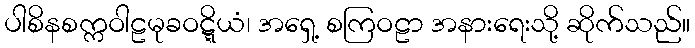
ပါစိနစက္ကဝါဠမုခဝဋ္ဋိယံ၊ အရှေ့ စကြဝဠာ အနားရေးသို့ ဆိုက်သည်။